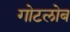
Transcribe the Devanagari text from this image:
गोटलोब